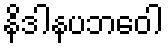
နိဒါနပဘဝေါ